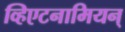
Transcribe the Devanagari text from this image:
व्हिएटनामियन्